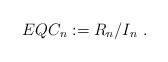
LaTeX: \begin{align*}EQC_n := R_n/I_n~.\end{align*}